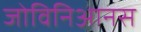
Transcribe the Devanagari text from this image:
जोविनिआनस